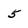
Character: 5